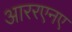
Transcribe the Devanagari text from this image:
आररएनए